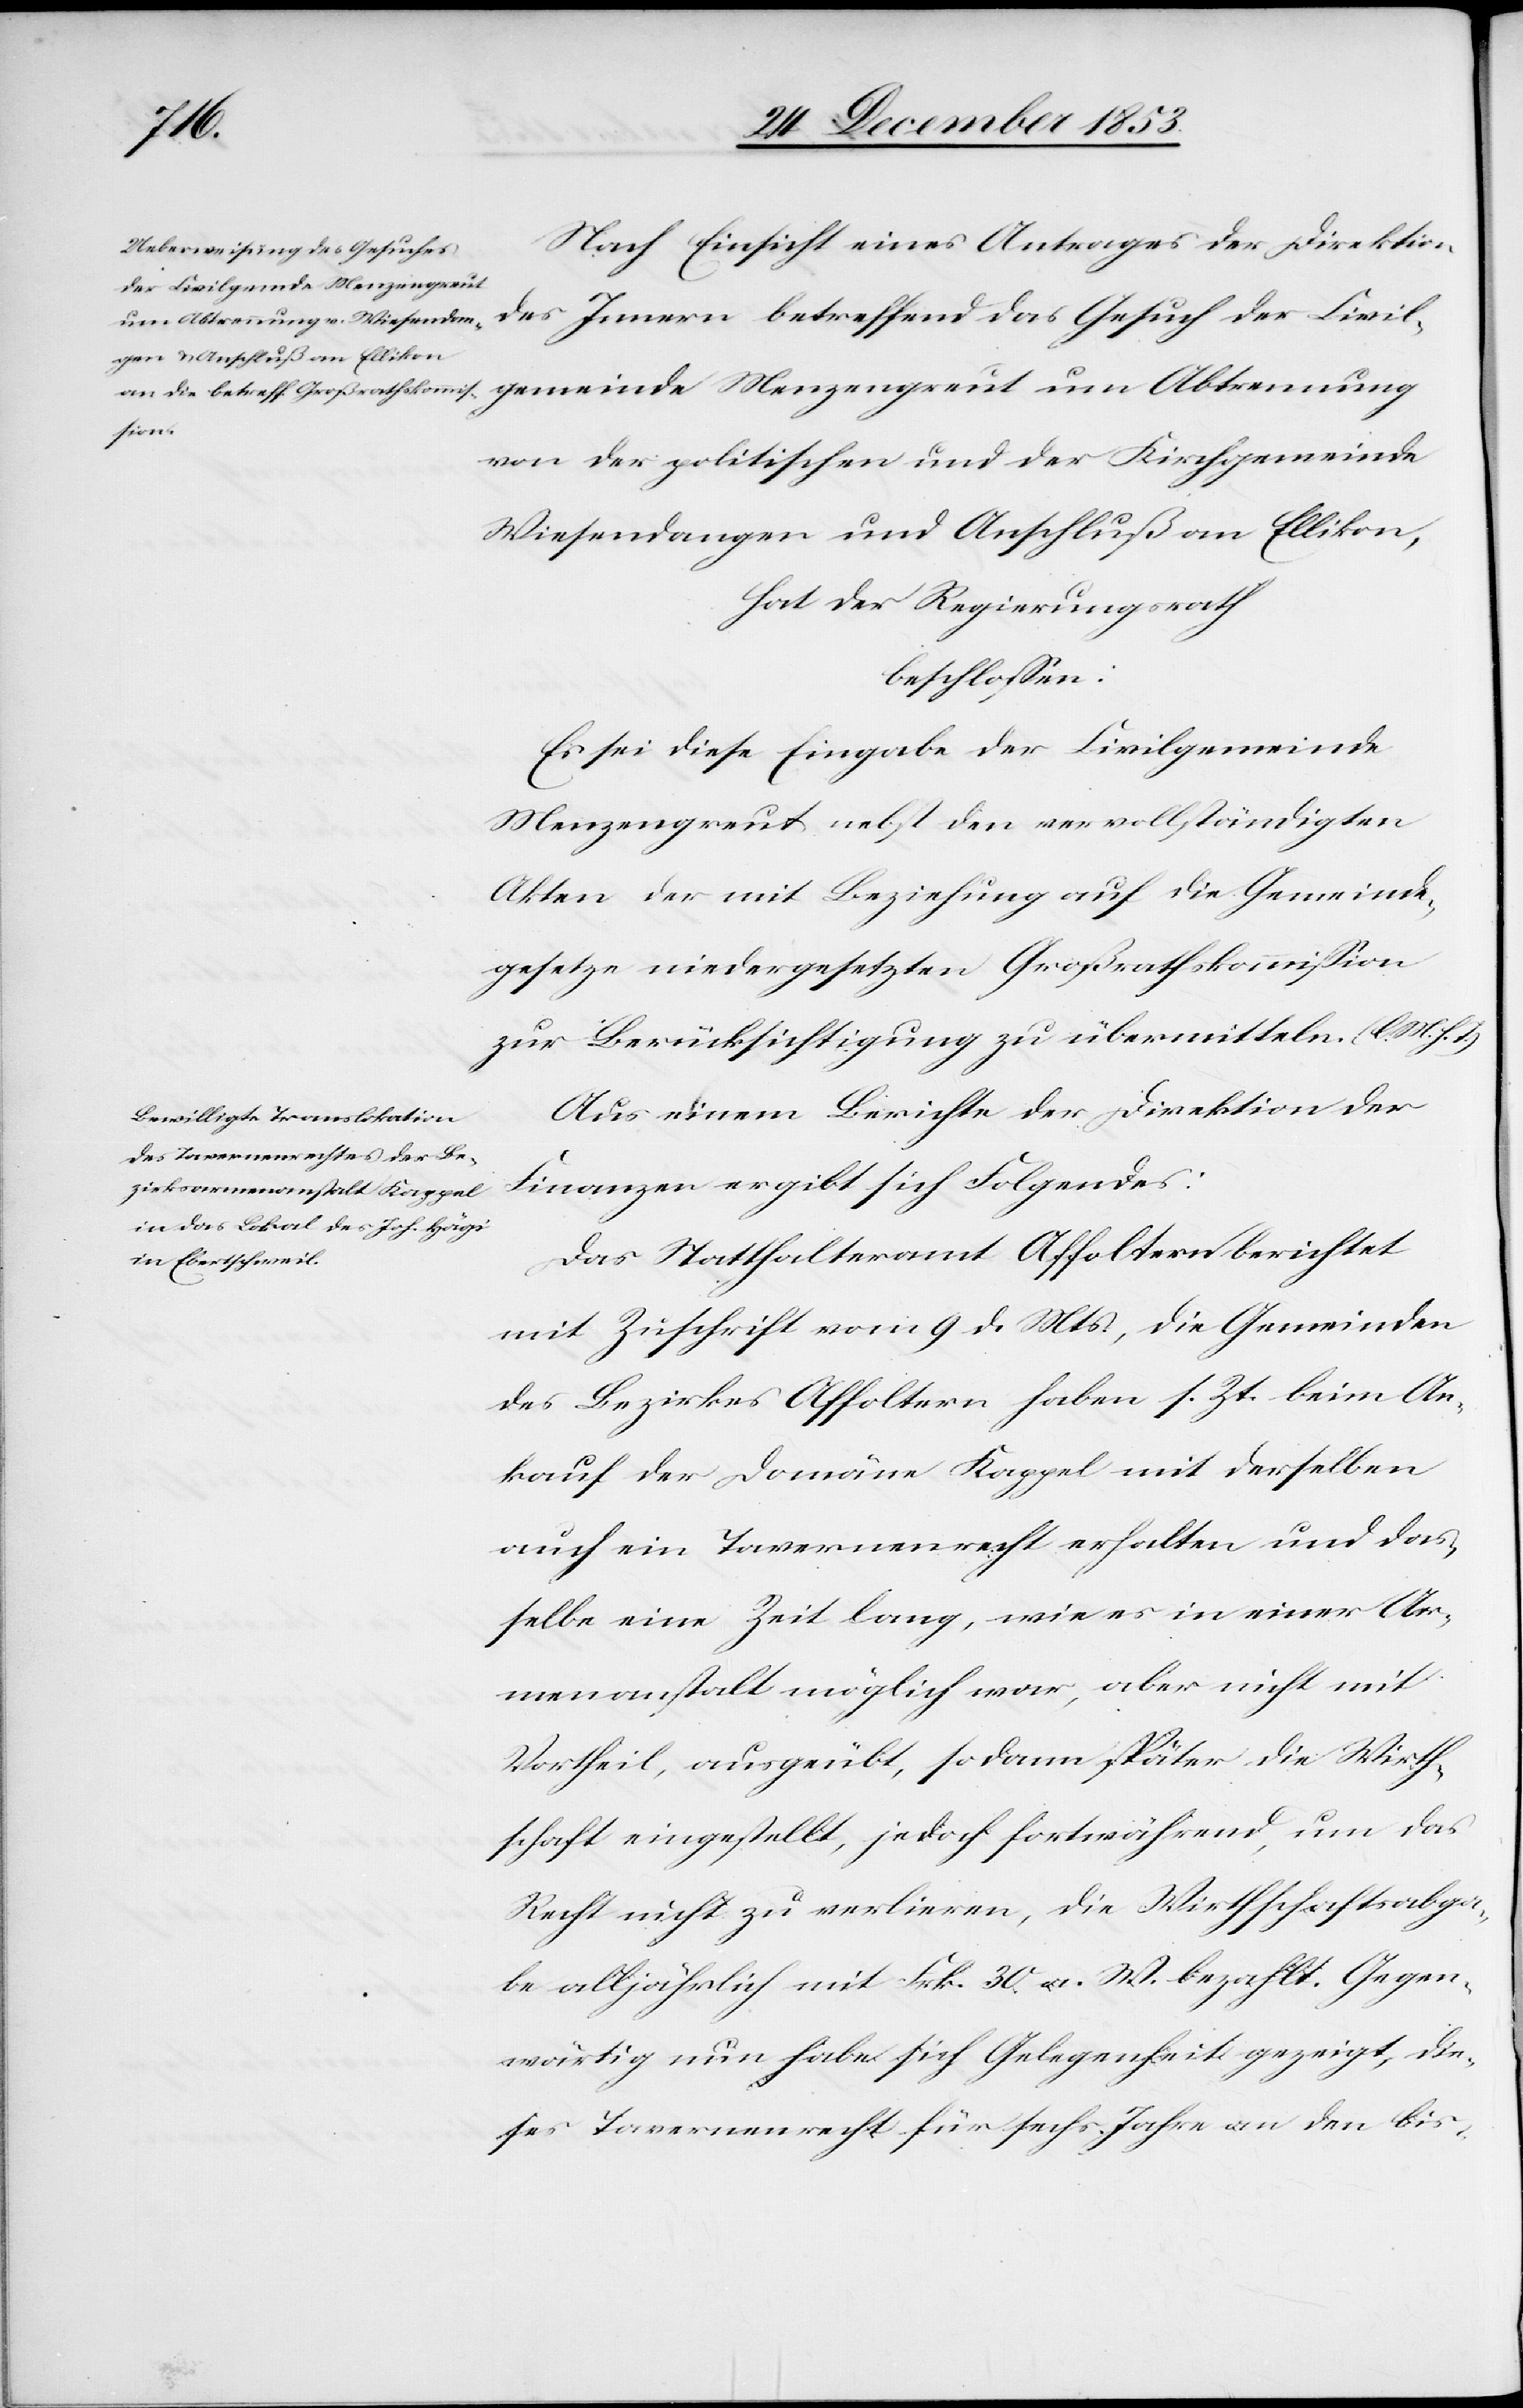
Nach Einsicht eines Antrages der Direktion
der Civilgemeinde Menzengreut
von der politischen und der Kirchgemeinde
Wiesendangen und Anschluß an Ellikon,
hat der Regierungsrath
beschloßen:
Es sei diese Eingabe der Civilgemeinde
Menzengreut nebst den vervollständigten
Akten mit der Beziehung auf die Gemeinde¬
gesetze niedergesetzten Großrathskommißion
zur Berücksichtigung zu übermitteln. [l. M. h. T]
Aus neuem Berichte der Direktion der
Finanzen ergibt sich Folgendes:
Das Statthalteramt Affoltern berichtet
mit Zuschrift vom 9 d. Mts., die Gemeinden
des Bezirkes Affoltern haben s. Zt. beim An¬
kauf der Domäne Kappel mit derselben
auch ein Tavernenrecht erhalten und das¬
selbe eine Zeit lang, wie in einer Ar¬
menanstalt möglich war, aber nicht mit
Vortheil, ausgeübt, so dann später die Wirth¬
schaft eingestellt, jedoch fortwährend, um das
Recht nicht zu verlieren, die Wirthschaftsabga¬
be alljährlich mit Frk. 30 a. W. bezahlt. Gegen¬
wärtig nun habe sich Gelegenheit gezeigt, die¬
ses Tavernenrecht für sechs Jahre an den bis-